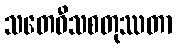
သတေဝီသစတုဿတာ